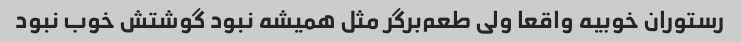
رستوران خوبیه واقعا ولی طعم‌برگر مثل همیشه نبود گوشتش خوب نبود